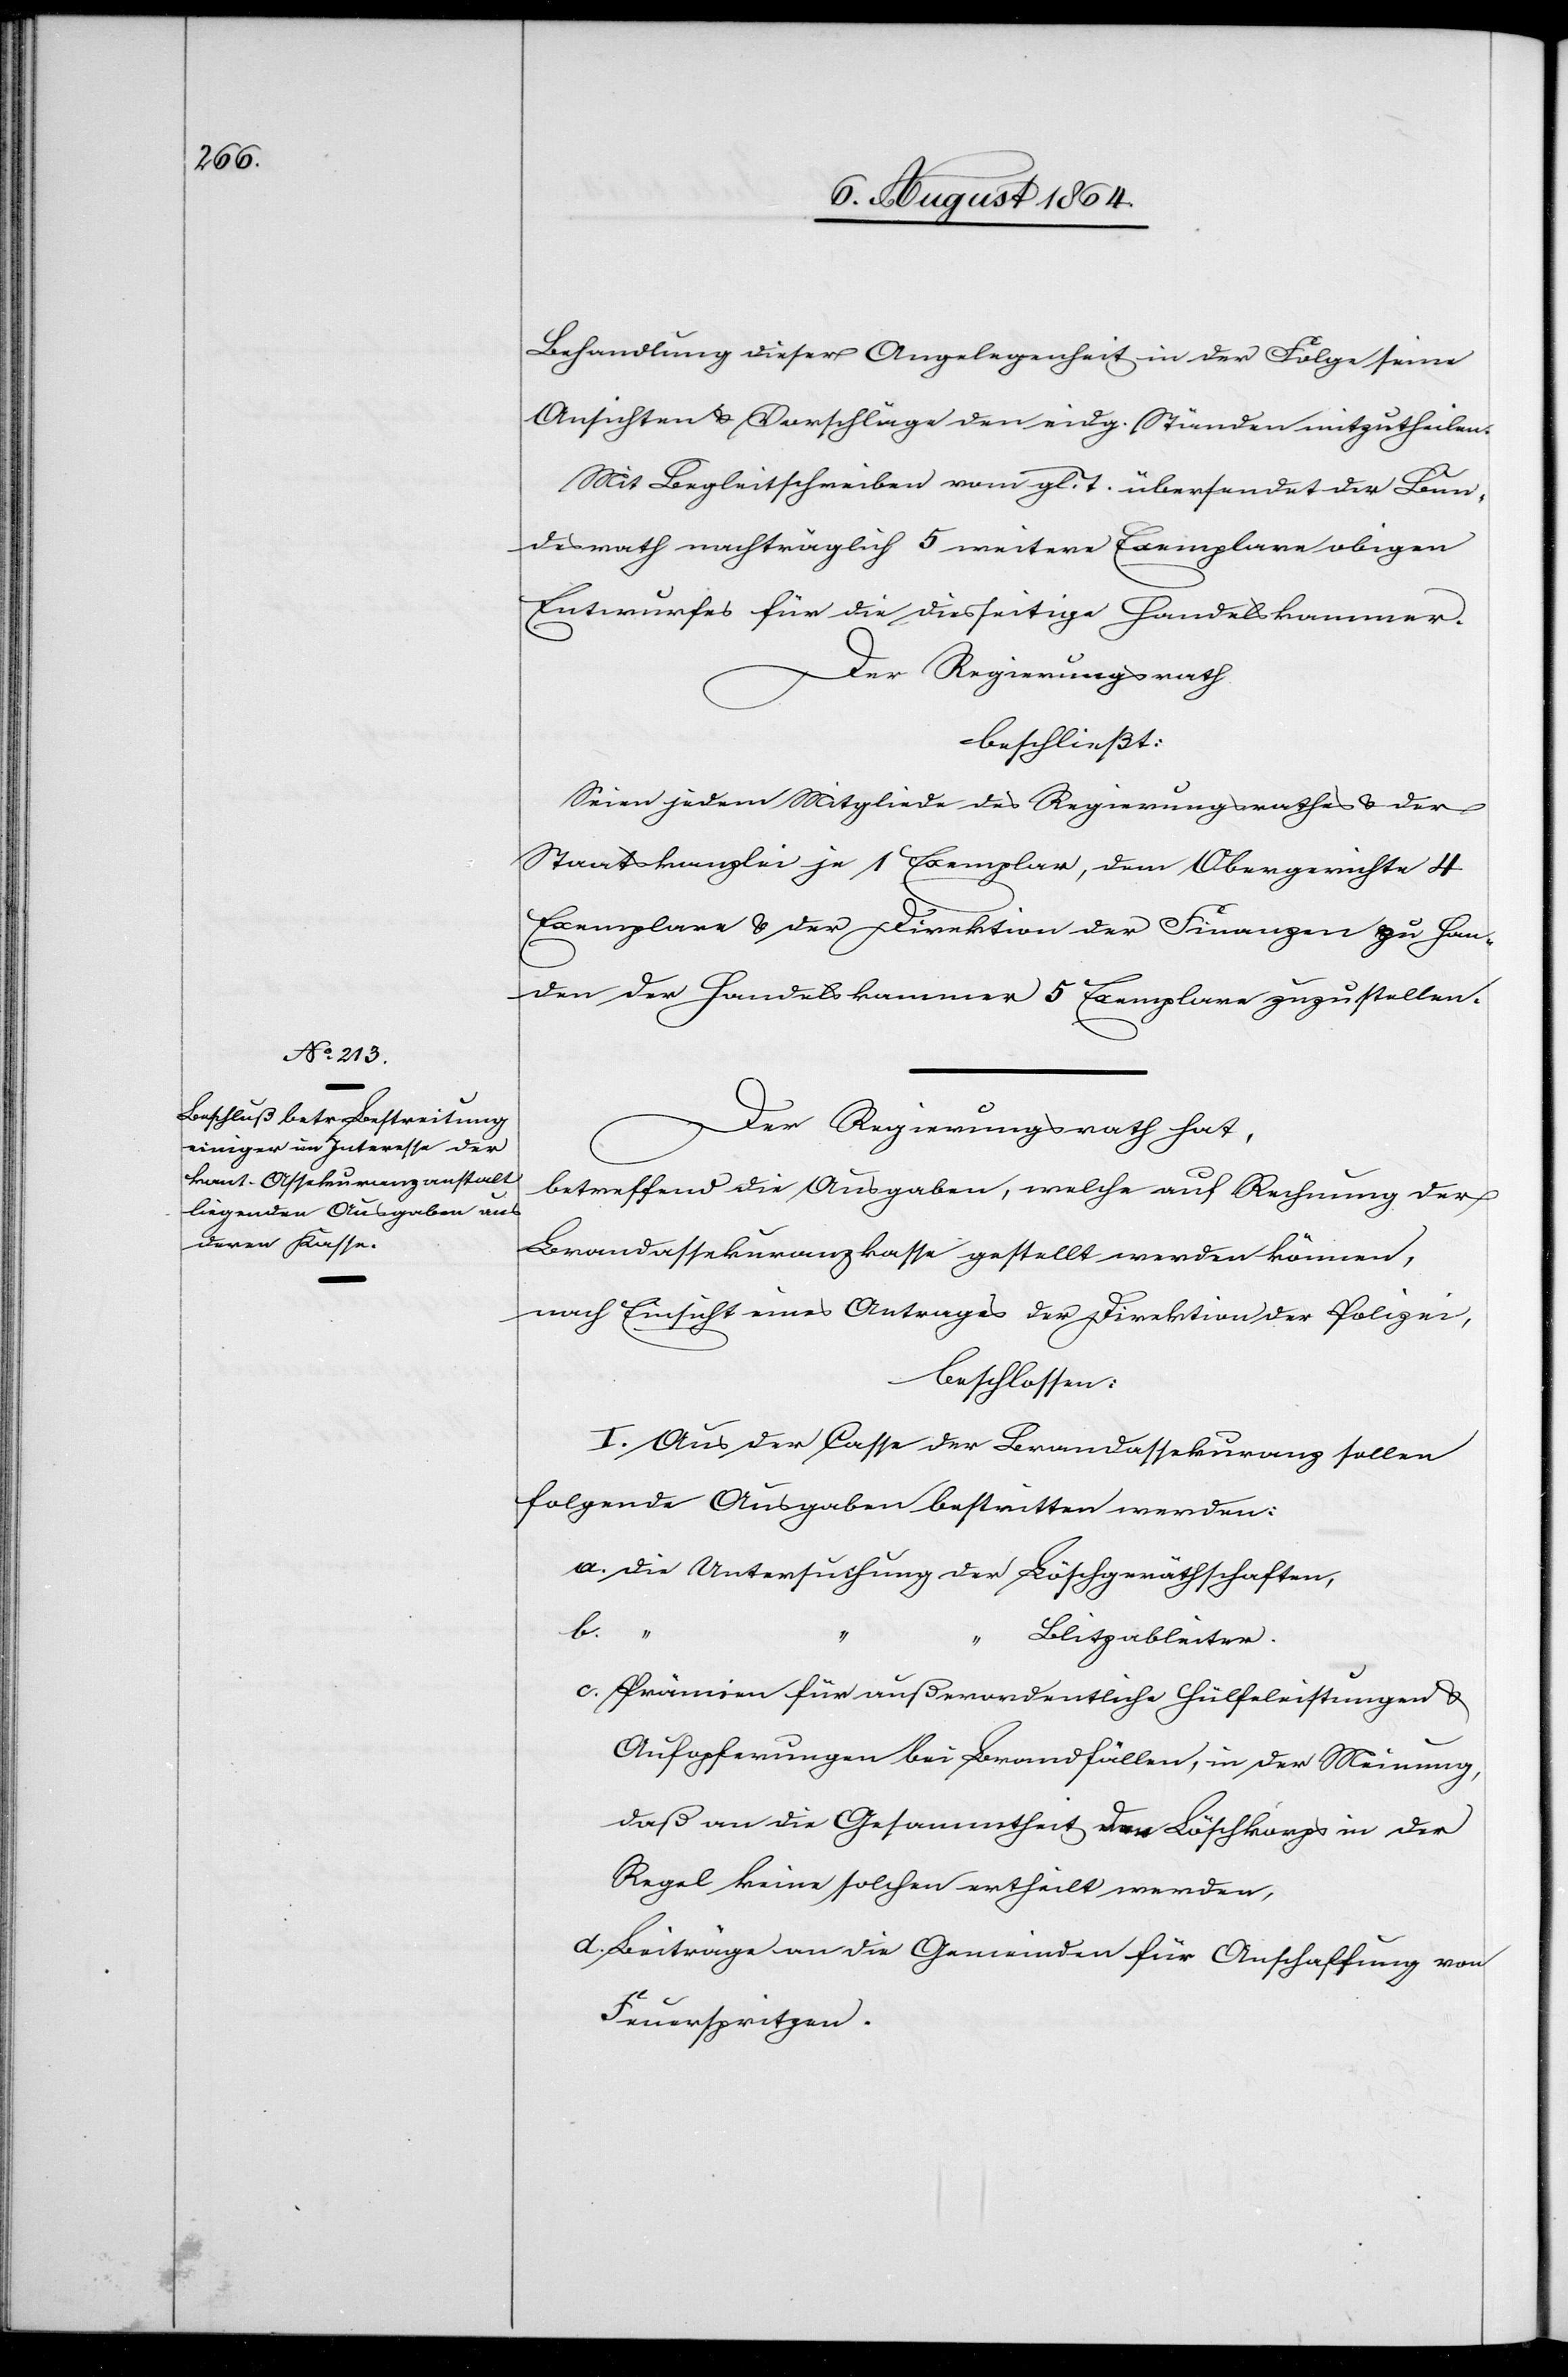
Behandlung dieser Angelegenheit in der Folge seine
Ansichten & Vorschläge den eidg. Ständen mitzutheilen.
Mit Begleitschreiben vom gl. T. übersendet der Bun¬
desrath nachträglich 5 weitere Exemplare obigen
Entwurfes für die diesseitige Handelskammer.
Der Regierungsrath
beschließt:
Seien jedem Mitgliede des Regierungsrathes & der
Staatskanzlei je 1 Exemplar, dem Obergerichte 4
Exemplare & der Direktion der Finanzen zu Han¬
den der Handelskammer 5 Exemplare zuzustellen.
Der Regierungsrath hat,
betreffend die Ausgaben, welche auf Rechnung der
Brandassekuranzkasse gestellt werden können,
nach Einsicht eines Antrages der Direktion der Polizei,
beschlossen:
I. Aus der Casse der Brandassekuranz sollen
folgende Ausgaben bestritten werden.
a. die Untersuchung der Löschgeräthschaften,
b.
“
“
Blitzableiter.
c. 	Prämien für außerordentliche Hülfeleistungen &
Aufopferungen bei Brandfällen, in der Meinung,
daß an die Gesammtheit der Löschkorps in der
Regel keine solchen ertheilt werden,
d.	Beiträge an die Gemeinden für Anschaffung von
Feuerspritzen.